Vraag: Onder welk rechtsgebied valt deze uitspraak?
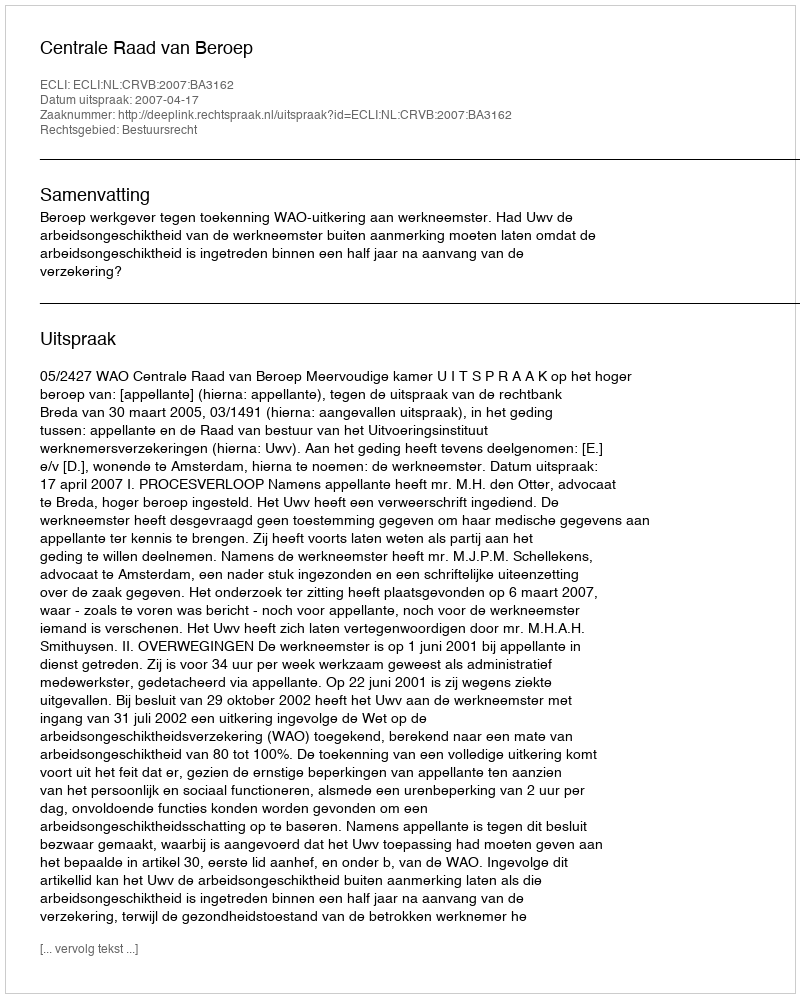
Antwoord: Bestuursrecht